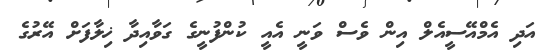
އަދި އެމްއޭސީއެލް އިން ވެސް ވަނީ އެއީ ކުންފުނީގެ ގަވާއިދާ ޚިލާފަށް އޭރުގެ